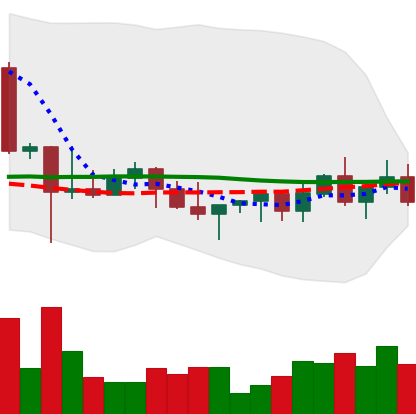
Ticker: XLM-USD
Chart end date: 2022-10-30
Forward return: 3.979%
Label: up_3_5